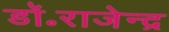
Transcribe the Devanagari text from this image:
डॉ॰राजेन्द्र